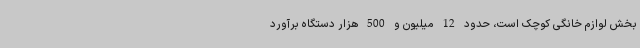
بخش لوازم خانگی کوچک است، حدود 12 میلیون و 500 هزار دستگاه برآورد